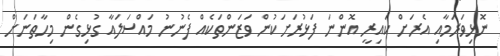
ނޮޅިވަރަމާއި އެރަށް ކައިރީ އޮންނަ ފަޅުރަށަކުން ވަޒަންތަކެއް ފެނުނު މައްސަލައާ ގުޅިގެން މިހާތަނަށް